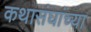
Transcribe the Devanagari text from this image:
कथासंघांच्या